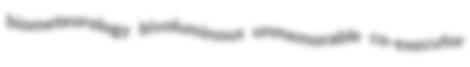
biometeorology bivoluminous unmemorable co-executor